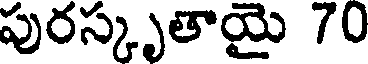
పురస్కృతాయై 70